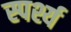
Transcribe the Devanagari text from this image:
स्पर्श्य